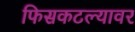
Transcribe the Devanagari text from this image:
फिसकटल्यावर